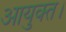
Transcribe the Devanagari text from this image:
आयुक्त।